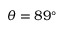
\theta = 8 9 ^ { \circ }